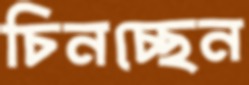
চিনচ্ছেন